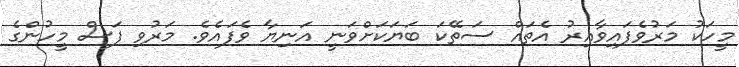
މީހަކު މަރުވެފައިވާއިރު އެތައް ސަތޭކަ ބަޔަކަށްވަނީ އަނިޔާ ވެފައެވެ. މަރުވި ފަސް މީހުންގެ